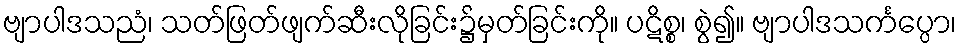
ဗျာပါဒသညံ၊ သတ်ဖြတ်ဖျက်ဆီးလိုခြင်း၌မှတ်ခြင်းကို။ ပဋိစ္စ၊ စွဲ၍။ ဗျာပါဒသင်္ကပ္ပော၊